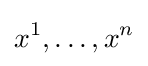
x^{1},\dots ,x^{n}